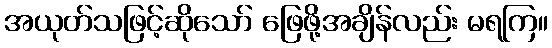
အယုတ်သဖြင့်ဆိုသော် ဖြေဖို့အချိန်လည်း မရကြ။